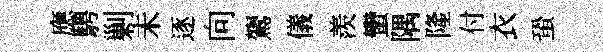
應騁剿未逐向鷟儀羨蠻隅隆付衣蛩